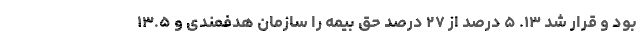
بود و قرار شد ۱۳. ۵ درصد از ۲۷ درصد حق بیمه را سازمان هدفمندی و ۱۳.۵